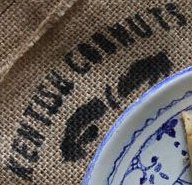
KENTISH COONUTS